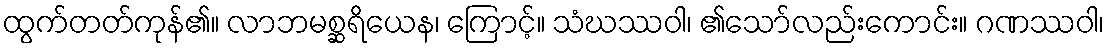
ထွက်တတ်ကုန်၏။ လာဘမစ္ဆရိယေန၊ ကြောင့်။ သံဃဿဝါ၊ ၏သော်လည်းကောင်း။ ဂဏဿဝါ၊